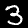
Digit: 3